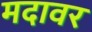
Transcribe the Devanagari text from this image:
मदावर